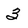
Character: 3